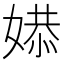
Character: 𫱔